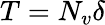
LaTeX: T=N_{v}\delta